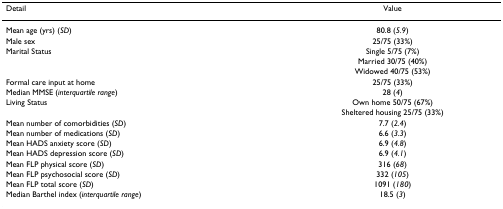
<table><thead><tr><td><b>Detail</b></td><td><b>Value</b></td></tr></thead><tbody><tr><td>Mean age (yrs) (<i>SD</i>)</td><td>80.8 (<i>5.9</i>)</td></tr><tr><td>Male sex</td><td>25/75 (33%)</td></tr><tr><td>Marital Status</td><td>Single 5/75 (7%)</td></tr><tr><td></td><td>Married 30/75 (40%)</td></tr><tr><td></td><td>Widowed 40/75 (53%)</td></tr><tr><td>Formal care input at home</td><td>25/75 (33%)</td></tr><tr><td>Median MMSE (<i>interquartile range</i>)</td><td>28 (<i>4</i>)</td></tr><tr><td>Living Status</td><td>Own home 50/75 (67%)</td></tr><tr><td></td><td>Sheltered housing 25/75 (33%)</td></tr><tr><td>Mean number of comorbidities (<i>SD</i>)</td><td>7.7 (<i>2.4</i>)</td></tr><tr><td>Mean number of medications (<i>SD</i>)</td><td>6.6 (<i>3.3</i>)</td></tr><tr><td>Mean HADS anxiety score (<i>SD</i>)</td><td>6.9 (<i>4.8</i>)</td></tr><tr><td>Mean HADS depression score (<i>SD</i>)</td><td>6.9 (<i>4.1</i>)</td></tr><tr><td>Mean FLP physical score (<i>SD</i>)</td><td>316 (<i>68</i>)</td></tr><tr><td>Mean FLP psychosocial score (<i>SD</i>)</td><td>332 (<i>105</i>)</td></tr><tr><td>Mean FLP total score (<i>SD</i>)</td><td>1091 (<i>180</i>)</td></tr><tr><td>Median Barthel index (<i>interquartile range</i>)</td><td>18.5 (<i>3</i>)</td></tr></tbody></table>